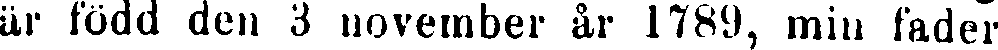
är född den 3 november år 1789, min fader